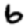
Digit: 6